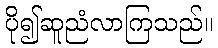
ပို၍ဆူညံလာကြသည်။